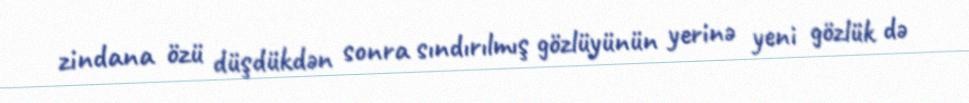
zindana özü düşdükdən sonra sındırılmış gözlüyünün yerinə yeni gözlük də